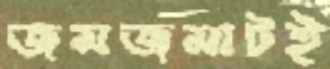
জমজমাটই